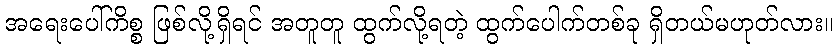
အရေးပေါ်ကိစ္စ ဖြစ်လို့ရှိရင် အတူတူ ထွက်လို့ရတဲ့ ထွက်ပေါက်တစ်ခု ရှိတယ်မဟုတ်လား။